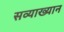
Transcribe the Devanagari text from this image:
सव्याख्यान